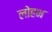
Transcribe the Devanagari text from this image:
लोहभ